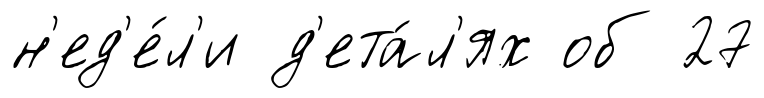
н'ед'е́л'и д'ета́л'ях об 27